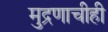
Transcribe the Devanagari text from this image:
मुद्रणाचीही